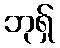
ဘုရှ်